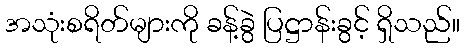
အသုံးစရိတ်များကို ခန့်ခွဲ ပြဋ္ဌာန်းခွင့် ရှိသည်။